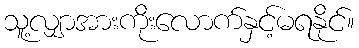
သူ့လျှာအားကိုးလောက်နှင့်မရနိုင်။